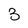
Character: 3